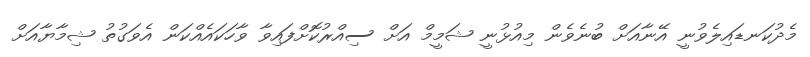
މެދުކަނޑައިލެވުނީ އޭނާއަށް ބުނެވެން މިއުޅުނީ ޝަމީމް އަށް ސިއްރުކޮށްފައިވާ ވާހަކައެއްކަން އެވަގުތު ޝިމާޔާއަށް